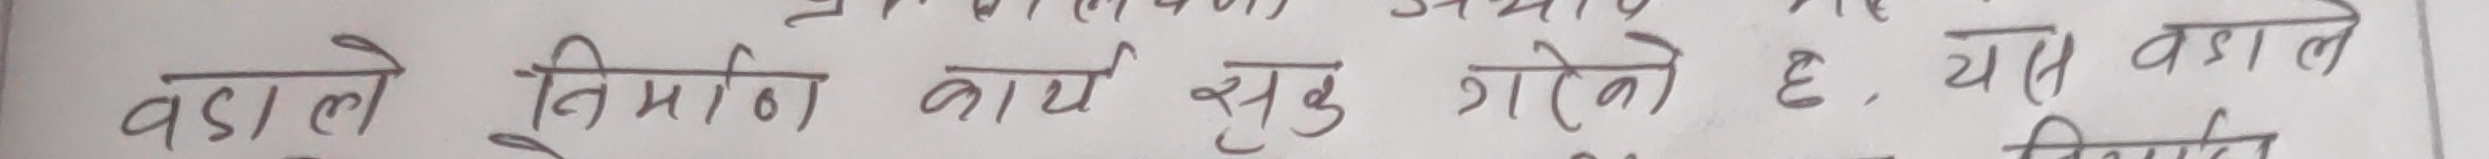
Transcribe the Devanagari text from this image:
वडाले निर्माण कार्य शुरू गरेको छ, यस वडाले